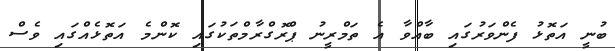
ބުނީ އަތޮޅު ފެންވަރުގައި ބާއްވާ އެ ތަމްރީނު ޕްރޮގްރާމްތަކުގައި ކޮންމެ އަތޮޅެއްގައި ވެސް